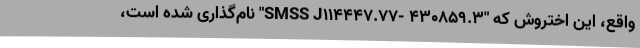
واقع، این اختروش که "SMSS J۱۱۴۴۴۷.۷۷- ۴۳۰۸۵۹.۳" نام‌گذاری شده است،